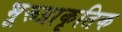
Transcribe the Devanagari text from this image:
भूरूप्राकृतिक